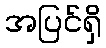
အပြင်ရှိ